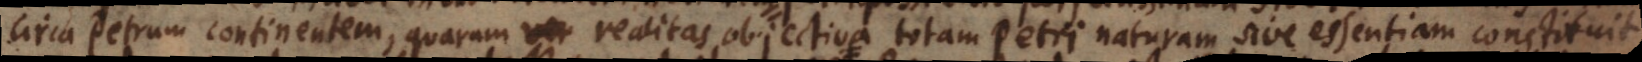
circa Petrum continentem, quarum ver realitas objectiva totam Petri naturam sive essentiam constituit